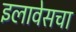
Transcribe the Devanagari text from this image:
इलावेसचा